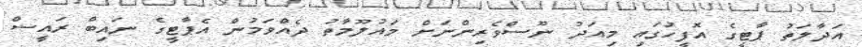
އަދާލަތު ޕާޓީގެ އޮފީހުގައި މިއަދު ނޫސްވެރިންނަށް މައުލޫމާތު ދެއްވަމުން އެޕާޓީގެ ނައިބް ރައީސް